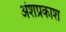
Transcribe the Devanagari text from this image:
अंशप्रकाश